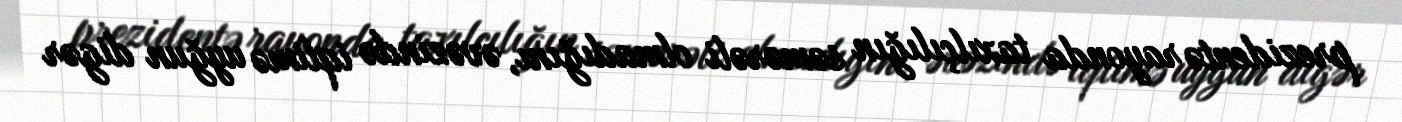
prezidentə rayonda taxılçılığın səmərəli olmadığını, əvəzində iqlimə uyğun digər